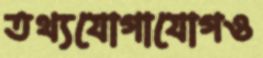
তথ্যযোগাযোগও